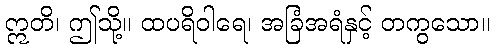
ဣတိ၊ ဤသို့။ ထပရိဝါရေ၊ အခြံအရံနှင့် တကွသော။